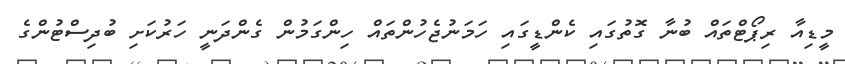
މީޑިއާ ރިޕޯޓްތައް ބުނާ ގޮތުގައި ކެންޑީގައި ހަމަނުޖެހުންތައް ހިންގަމުން ގެންދަނީ ހަރުކަށި ބުދިސްޓުންގެ